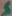
Text: S